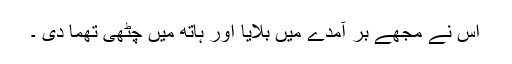
اس نے مجھے بر آمدے میں بلایا اور ہاتھ میں چٹھی تھما دی ۔